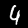
Label: 4